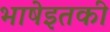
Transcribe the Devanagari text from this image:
भाषेइतकी